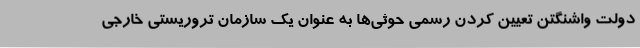
دولت واشنگتن تعیین کردن رسمی حوثی‌ها به عنوان یک سازمان تروریستی خارجی